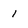
Character: 1